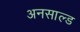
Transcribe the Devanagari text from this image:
अनसाल्ड